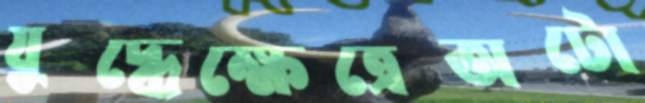
যুদ্ধেক্ষেত্রেঅটো